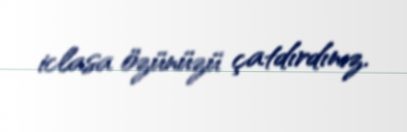
iclasa özünüzü çatdırdınız.